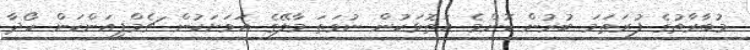
މުބާރާތުގެ ފުރަތަމަ ބުރުން ކޮންމެ އަތޮޅަކުން ނުވަތަ މާލޭގެ އަވަށަކުން ޗެމްޕިއަންކަން ހޯދާ